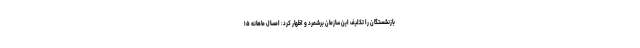
بازنشستگان را تکلیف این سازمان برشمرد و اظهار کرد: امسال ماهانه ۱۵